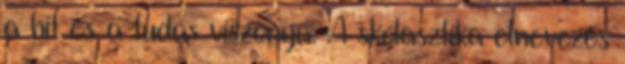
a hit és a tudás viszonya. A skolasztika elnevezés